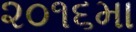
૨૦૧૬મા